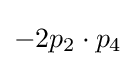
-2p_{2}\cdot p_{4}